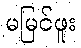
မမြင်ဖူး